Vaccination in the Punjab 1883-1896 - 1883-1896
Year: 1883
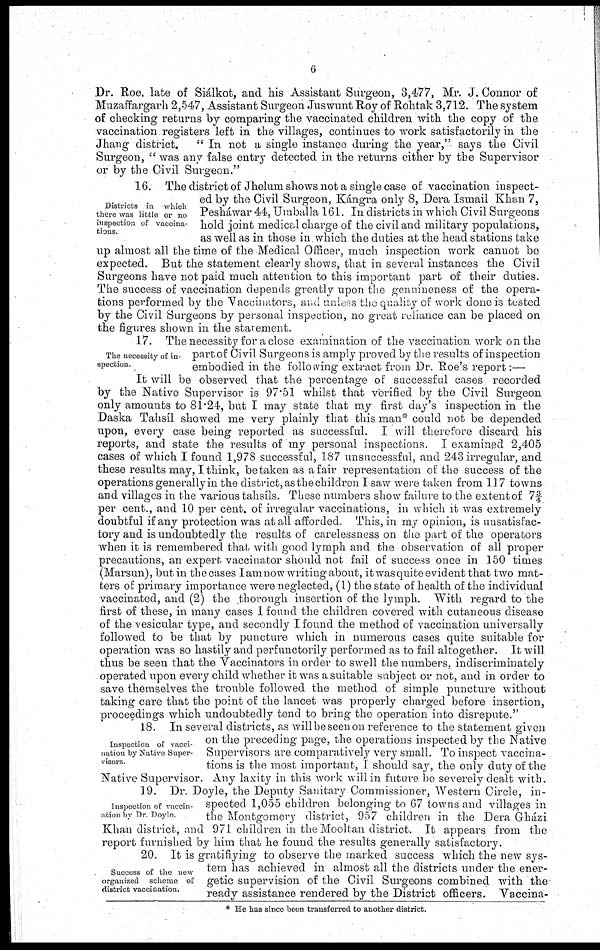
6
Dr. Roe, late of Siálkot, and his Assistant Surgeon, 3,477, Mr. J. Connor of
Muzaffargarh 2,547, Assistant Surgeon Juswunt Roy of Rohtak 3,712. The system
of checking returns by comparing the vaccinated children with the copy of the
vaccination registers left in the villages, continues to work satisfactorily in the
Jhang district.
"In not a single instance during the year," says the Civil
Surgeon, "was any false entry detected in the returns either by the Supervisor
or by the Civil Surgeon."
Districts in which
there was little or no
inspection of vaccina-
tions.
16. The district of Jhelum shows not a single case of vaccination inspect-
ed by the Civil Surgeon, Kángra only 8, Dera Ismail Khan 7,
Pesháwar 44, Umballa 161. In districts in which Civil Surgeons
hold joint medical charge of the civil and military populations,
as well as in those in. which the duties at the head stations take
up almost all the time of the Medical Officer, much inspection work cannot be
expected. But the statement clearly shows, that in several instances the Civil
Surgeons have not paid much attention to this important part of their duties.
The success of vaccination depends greatly upon the genuineness of the opera-
tions performed by the Vaccinators, and unless the quality of work done is tested
by the Civil Surgeons by personal inspection, no great reliance can be placed on
the figures shown in the statement.
The necessity of in-
spection.
17. The necessity for a close examination of the vaccination work on the
part of Civil Surgeons is amply proved by the results of inspection
embodied in the following extract from Dr. Roe's report:—
It will be observed that the percentage of successful cases recorded
by the Native Supervisor is 97.51 whilst that verified by the Civil Surgeon
only amounts to 81.24, but I may state that my first day's inspection in the
Daska Tahsíl showed me very plainly that this man* could not be depended
upon, every case being reported as successful. I will therefore discard his
reports, and state the results of my personal inspections. I examined 2,405
cases of which I found 1,978 successful, 187 unsuccessful, and 243 irregular, and
these results may, I think, betaken as a fair representation of the success of the
operations generally in the district, as the children I saw were taken from 117 towns
and villages in the various tahsíls. These numbers show failure to the extent of 7f
per cent., and 10 per cent. of irregular vaccinations, in which it was extremely
doubtful if any protection was at all afforded. This, in my opinion, is unsatisfac-
tory and is undoubtedly the results of carelessness on the part of the operators
when it is remembered that with good lymph and the observation of all proper
precautions, an expert vaccinator should not fail of success once in 150 times
(Marsun), but in the cases I am now writing about, it was quite evident that two mat-
ters of primary importance were neglected, (1) the state of health of the individual
vaccinated, and (2) the thorough insertion of the lymph. With regard to the
first of these, in many cases I found the children covered with cutaneous disease
of the vesicular type, and secondly I found the method of vaccination universally
followed to be that by puncture which in numerous cases quite suitable for
operation was so hastily and perfunctorily performed as to fail altogether. It will
thus be seen that the Vaccinators in order to swell the numbers, indiscriminately
operated upon every child whether it was a suitable subject or not, and in order to
save themselves the trouble followed the method of simple puncture without
taking care that the point of the lancet was properly charged before insertion,
proceedings which undoubtedly tend to bring the operation into disrepute."
Inspection of vacci-
nation by Native Super-
visors.
18. In several districts, as will be seen on reference to the statement given
on the preceding page, the operations inspected by the Native
Supervisors are comparatively very small. To inspect vaccina-
tions is the most important, I should say, the only duty of the
Native Supervisor. Any laxity in this work will in future be severely dealt with.
Inspection of vaccin-
ation by Dr. Doyle.
19. Dr. Doyle, the Deputy Sanitary Commissioner, Western Circle, in-
spected 1,055 children belonging to 67 towns and villages in
the Montgomery district, 957 children in the Dera Gházi
Khan district, and 971 children in the Mooltan district. It appears from the
report furnished by him that he found the results generally satisfactory.
Success of the new
organized scheme of
district vaccination.
20. It is gratifiying to observe the marked success which the new sys-
tem has achieved in almost all the districts under the ener-
getic supervision of the Civil Surgeons combined with the
ready assistance rendered by the District officers. Vaccina¬
* He has since been transferred to another district.